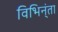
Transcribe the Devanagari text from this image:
विभिन्ंता